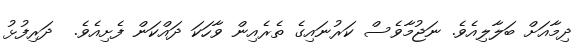
ދިމާއަށް ބަލާލިއެވެ. ނަޖުމާވެސް ކަރުނައިގެ ތެރެއިން ވާހަކަ ދައްކަން ފެށިއެވެ.  ދަރިފުޅު